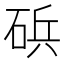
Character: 𮀠